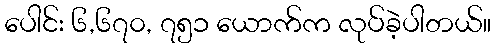
ပေါင်း ၆,၆၇၀, ၇၅၁ ယောက်က လုပ်ခဲ့ပါတယ်။